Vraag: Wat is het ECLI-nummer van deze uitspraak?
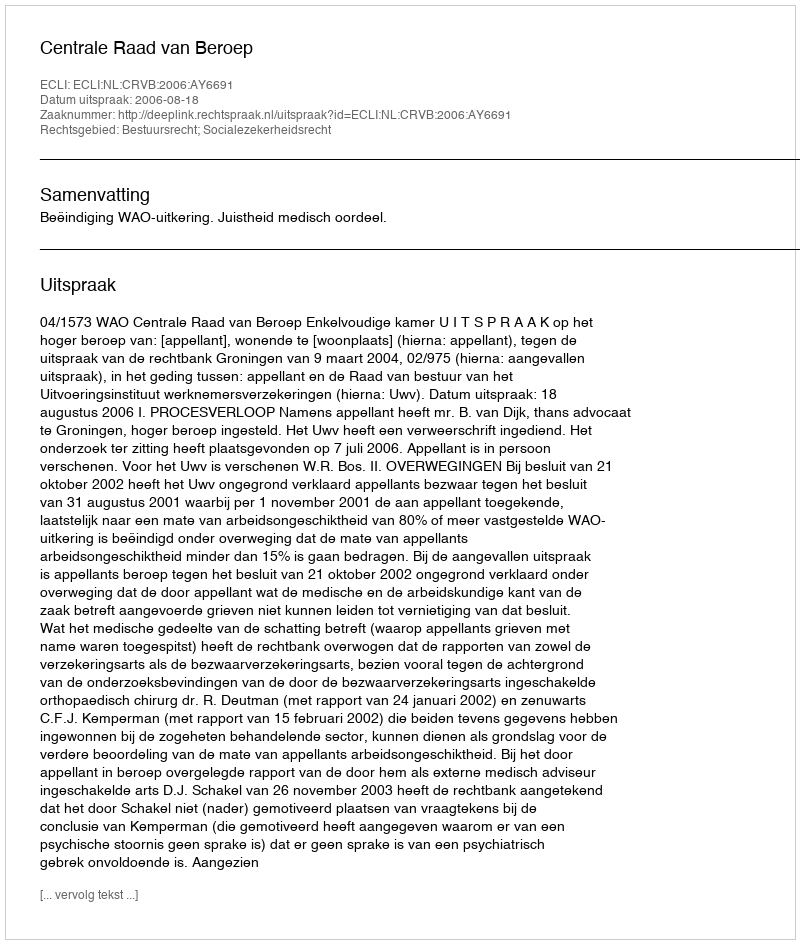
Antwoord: ECLI:NL:CRVB:2006:AY6691